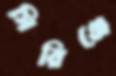
সিরিঞ্জে